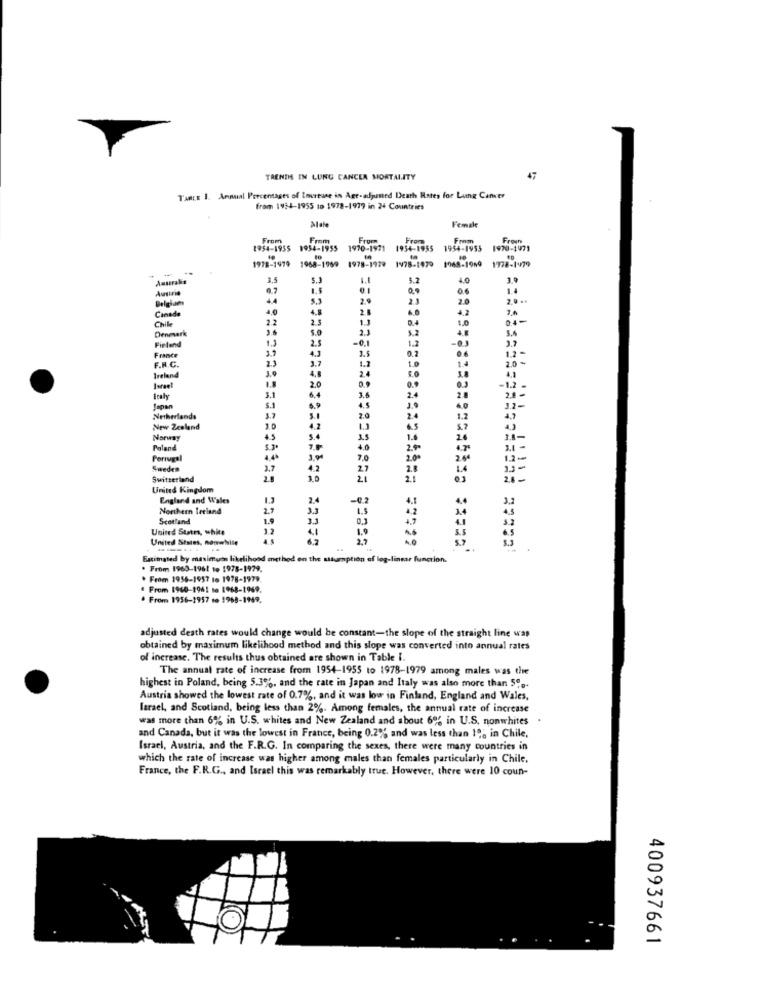
TRENDS IN LUNG CANCEA MORTALITY
Tance 1. Annual Percentages of Increase in Age-adjusted Death Rates for Lung Cancer
from 1924-1955 to 1978-1979 in 24 Countries
Female
From
From
From
From
From
Froun
1954-1955 1954-1955
1970-1971 1954-1955
1954-1955
1970-1971
1978-1979 1968-1969 1978-1929 1978-1979 1948-1969 1778-1479
.
Australia
5.
5.2
0.7
0.1
0.5
44
2.1
2.0
7.9 ..
4.0
4.8
2.
6.0
Canada
2.2
2.5
1.3
0.4
1.0
Chile
5.0
2.1
5.2
5.4
Denmark
1.3
2.5
-0.1
1.2
Finland
4.3
0.2
1.2
France
1.5
2.0 -
F.R.C.
4.
3.7
1.2
2.4
Ireland
4.1
Israel
3.1
2.0
0.9
0.3
-1.2 =
5.1
6.4
3.6
2.4
2.8
Japan
4.5
J.9
Netherlands
5.1
2.0
2.4
1.2
New Zealand
20
4.2
1.3
5.7
4,3
Norway
5.4
1.6
3.8-
Poland
5.3
4.0
2.90
4.7
Portugal
4.4
7.0
2.00
2.6
Sweden
3.7
42
2.7
2.8
Switzerland
2.8
3.0
21
2.1
United Kingdom
England and Wales
1.3
2.4
-0.2
4.1
3.2
Northern Ireland
2.7
3.3
1.4
Scotland
1.9
33
0.
4.7
4.1
United States, white
4.1
1.9
6.5
United States, nomwebsite
5.9
Estimated by maximum likelihood method on the assumption of log-linear function.
. From 1960-1961 10 1978-1979.
. From 1956-1957 to 1978-1979.
" From 1960-1961 to 1968-1969.
From 1956-1957 se 1968-1949.
adjusted death rates would change would be constant-the slope of the straight line was
obtained by maximum likelihood method and this slope was converted into annual rates
of increase. The results thus obtained are shown in Table I.
The annual rate of increase from 1954-1955 to 1978-1979 among males was the
highest in Poland, being 5.3%, and the rate in Japan and Italy was also more than 5 ..
Austria showed the lowest rate of 0.7%, and it was low in Finland, England and Wales,
Israel, and Scotland, being less than 2%. Among females, the annual rate of increase
was more than 6% in U.S. whites and New Zealand and about 6% in U.S. nonwhites
and Canada, but it was the lowest in France, being 0.2% and was less than 10; in Chile,
Israel, Austria, and the F.R.G. In comparing the sexes, there were many countries in
which the rate of increase was higher among males than females particularly in Chile,
France, the F.R.G ., and Israel this was remarkably true. However, there were 10 coun-
400937661